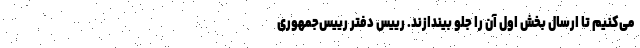
می‌کنیم تا ارسال بخش اول آن را جلو بیندازند. رییس دفتر رییس‌جمهوری